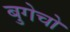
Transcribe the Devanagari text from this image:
बुगेचो